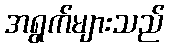
အရွက်များသည်